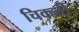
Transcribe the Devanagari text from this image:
चिकली